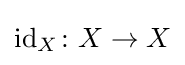
\mathrm {id} _{X}\colon X\to X